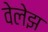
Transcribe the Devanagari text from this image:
वेलेझ